Civil Veterinary Department Bihar & Orissa reports 1922-29 - 1922-1929
Year: 1922
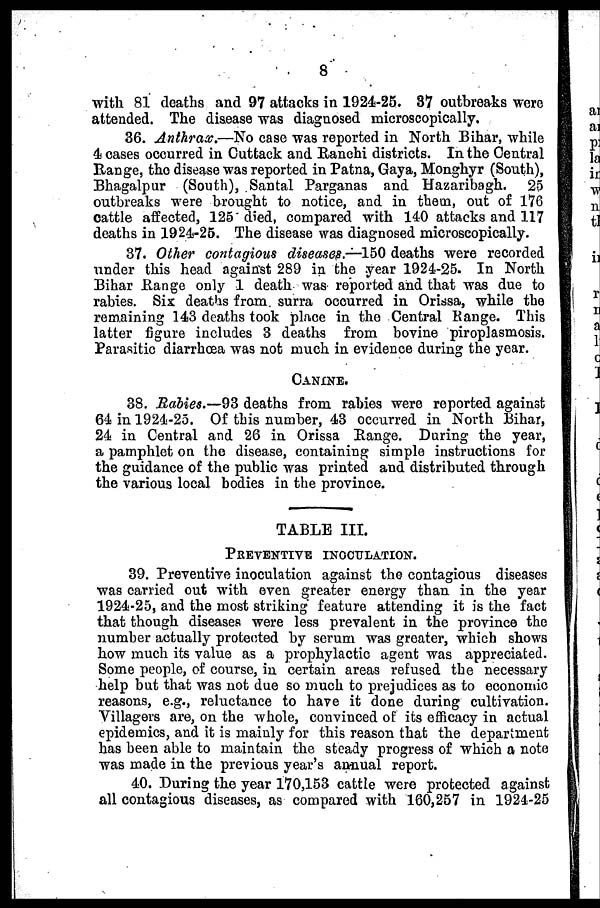
3
with 81 deaths and 97 attacks in 1924-25. 37 outbreaks were
attended. The diaease was diagnosed microscopically.
36. Anthrax,—No case was reported in North Bihar, while
4 cases occurred in Cuttack and Ranchi districts. In the Central
Range, the disease was reported in Patna, Gaya, Monghyr (South),
Bhagalpur (South), Santal Parganas and Hazaribagh. 25
outbreaks were brought to notice, and in them, out of 176
cattle affected, 125 died, compared with 140 attacks and 117
deaths in 1924-25. The disease was diagnosed microscopically.
37. Other contagious diseases.—150 deaths were recorded
under this head against 289 in the year 1924-25. In North
Bihar Range only 1 death was reported and that was due to
rabies. Six deaths from surra occurred in Orissa, while the
remaining 143 deaths took place in the Central Range. This
latter figure includes 3 deaths from bovine piroplasmosis.
Parasitic diarrhoea was not much in evidence during the year.
CANINE.
38. Babies.—93 deaths from rabies were reported against
64 in 1924-25. Of this number, 43 occurred in North Bihar,
24 in Central and 26 in Orissa Range. During the year,
a pamphlet on the disease, containing simple instructions for
the guidance of the public was printed and distributed through
the various local bodies in the province.
TABLE III.
PREVENTIVE
INOCULATION.
39. Preventive inoculation against the contagious diseases
was carried out with even greater energy than in the year
1924-25, and the most striking feature attending it is the fact
that though diseases were less prevalent in the province the
number actually protected by serum was greater, which shows
how much its value as a prophylactic agent was appreciated.
Some people, of course, in certain areas refused the necessary
help but that was not due so much to prejudices as to economic
reasons, e.g., reluctance to have it done during cultivation.
Villagers are, on the whole, convinced of: its efficacy in actual
epidemics, and it is mainly for this reason that the department
has been able to maintain the steady progress of which a note
was made in the previous year's annual report.
40. During the year 170,153 cattle were protected against
all contagious diseases, as compared with 160,257 in 1924-25